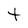
Character: t